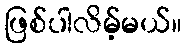
ဖြစ်ပါလိမ့်မယ်။